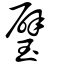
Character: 璧